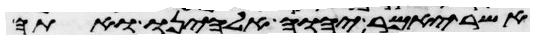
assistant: אשר יאמר יהוה אלהינו ואתה